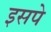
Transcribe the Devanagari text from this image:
इसपे